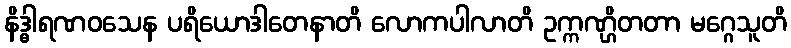
နိဒ္ဓါရဏဝသေန ပရိယောဒါတေနာတိ လောကပါလာတိ ဥက္ကဏ္ဌိတတာ မဂ္ဂေသူတိ